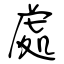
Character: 處